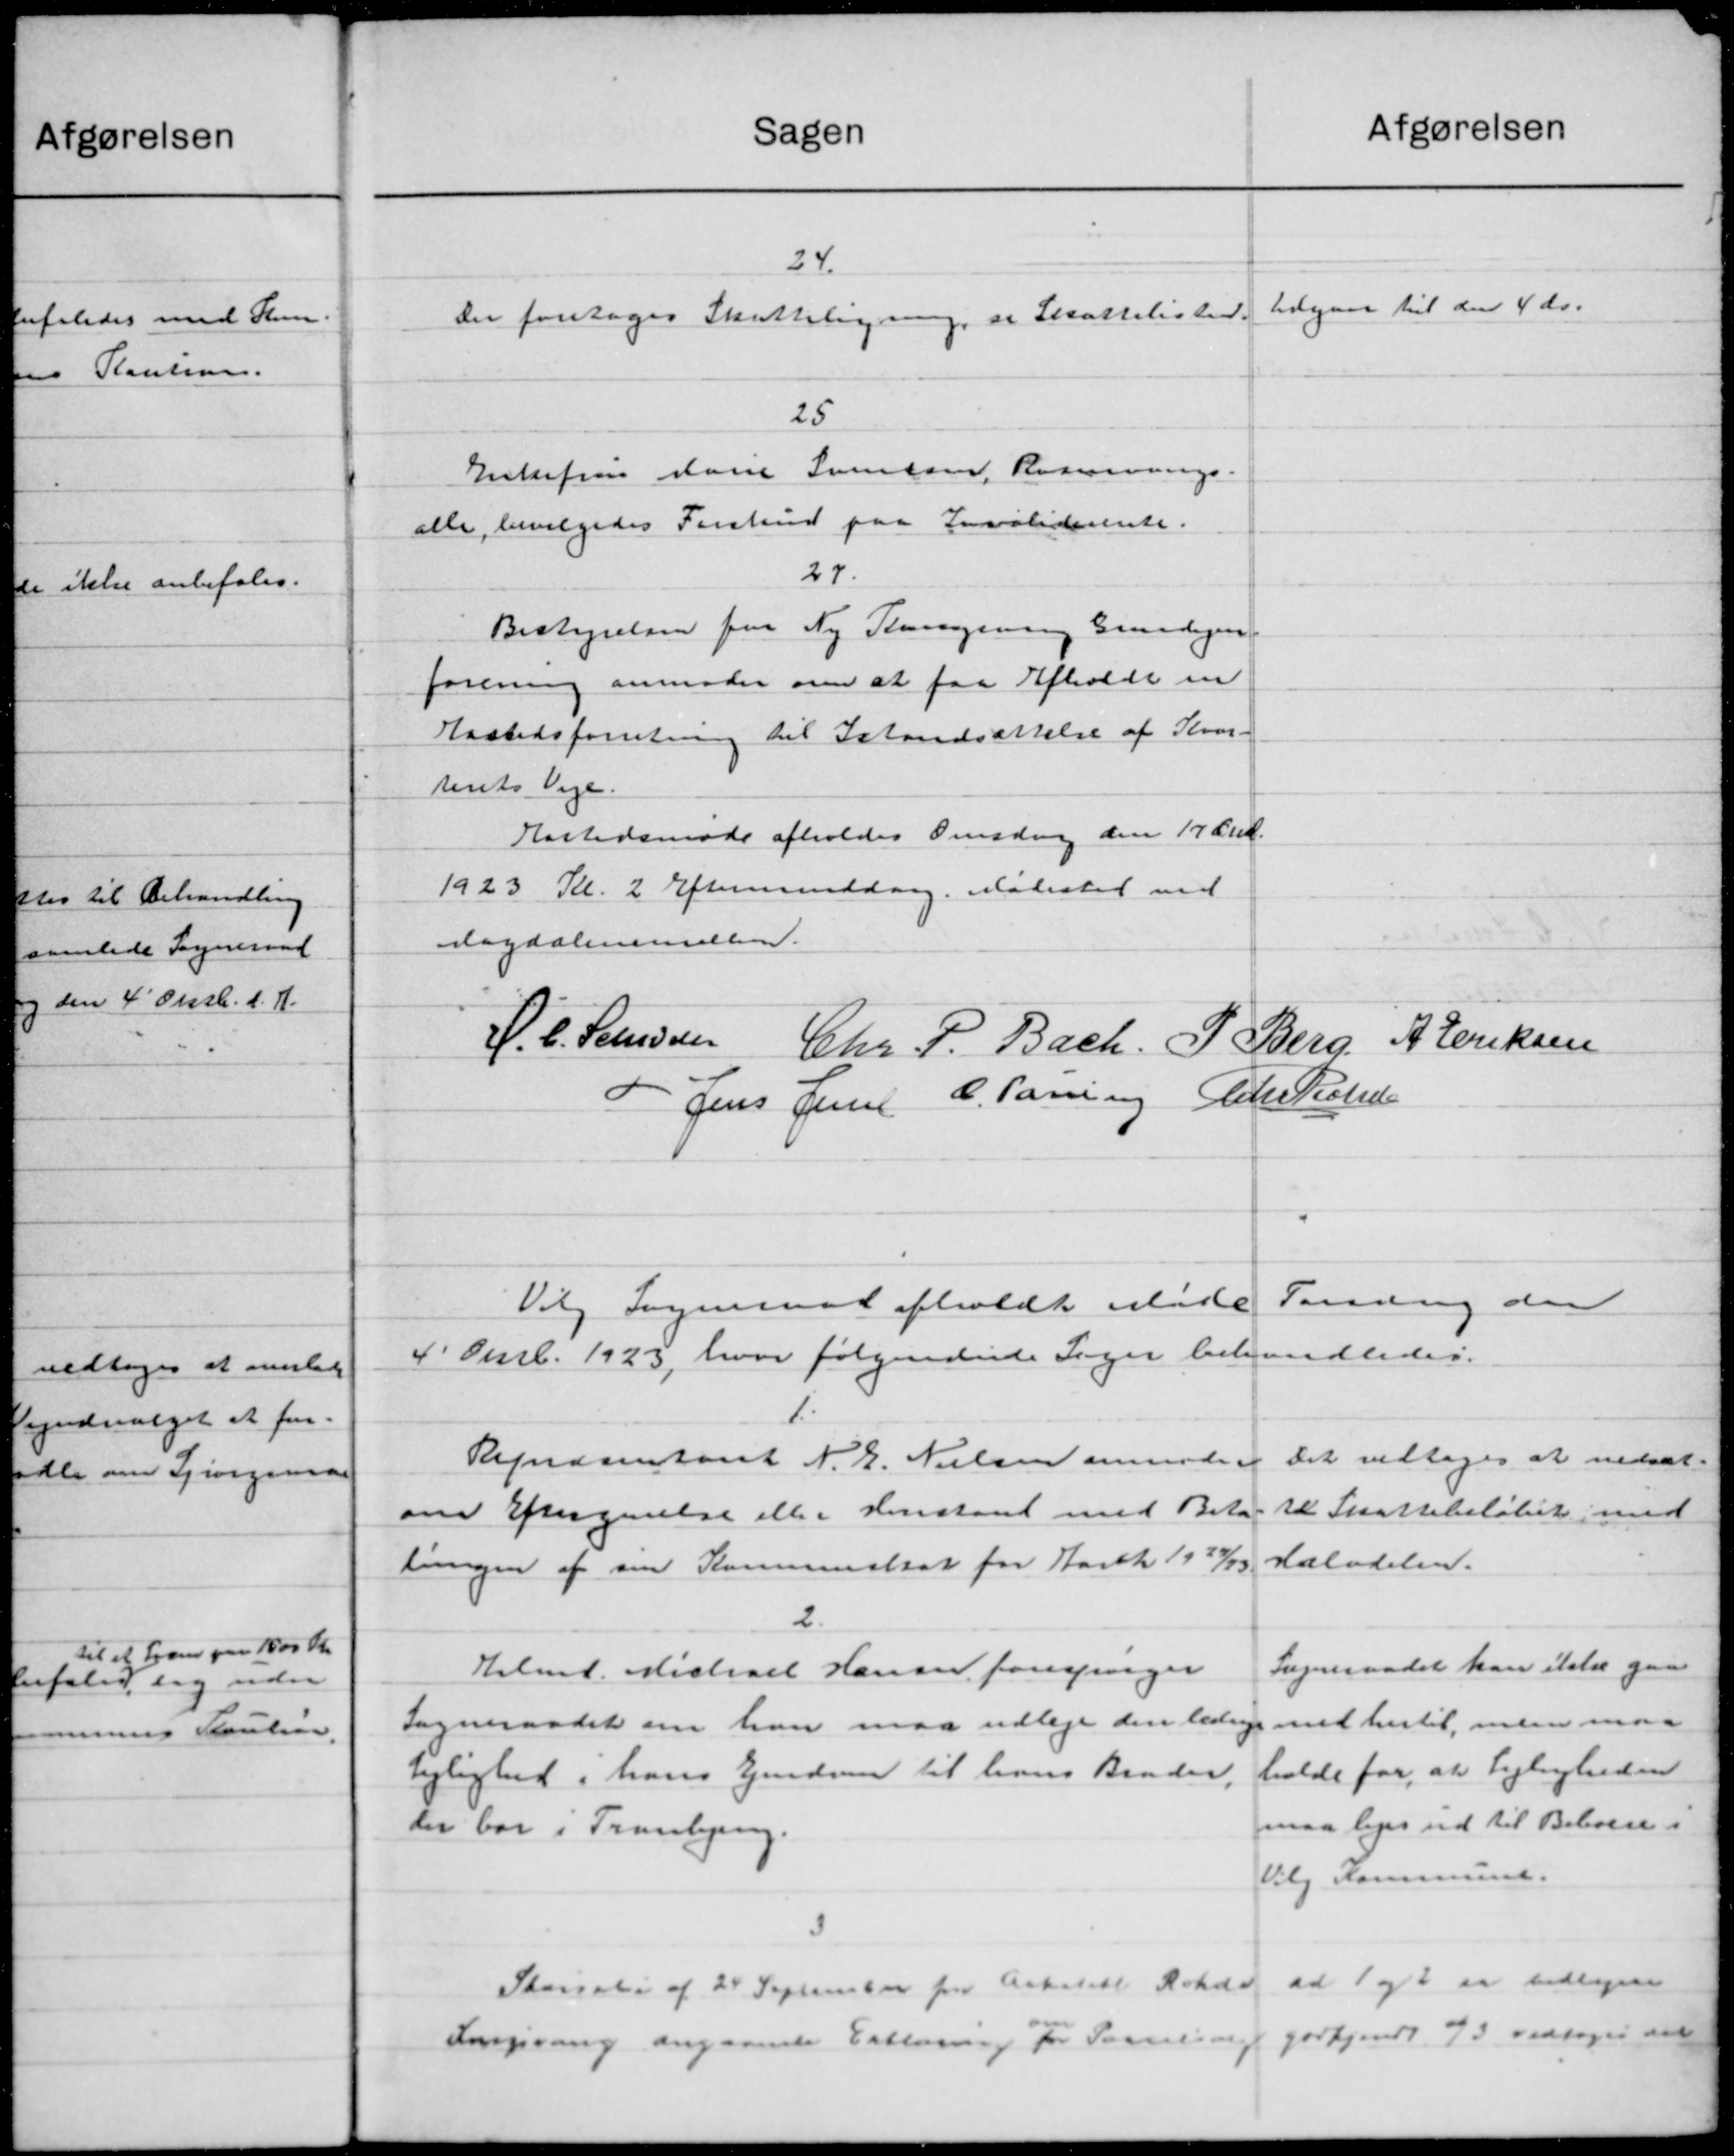
Transskription:
Afgørelsen
Sagen
24.
udegaar til den 4 ds.
Der foretoges Skatteligning er Skattelisten.
25
Enkefru Marie Svendsen, Rosennings-
alle, bevilgedes Forskud paa Invaliderente.
27.
Bestyrelsen fra Ny Slangening Grundejen
forening anmoder om at faa Afholdt en
Hastedsforretning til Istandsættelse af Kvar-
tents Veje.
Hastedsmøde afholdes Onsdag den 17 and.
1923 Kl. 2 Eftermiddag. Mødested ved
Magdalminillem
S. C. Seenssen Chr. P. Bach. P. Berg, A. Eriksen
-Jens Jensen C. Pasning Peter Peters
Fandag der
Vilg Sogneraad afholdt Møde
4' Oub. 1923, hvor følgendede Sager behandledes.
1.
Det vedtoges at nedsæt-
Repræsentant N. E. Nielsen anmoder
te Skattebeløbet med
om Eftergivelse eller Henstand med Beta
deladelse.
tingen af sin Kommuneskat for Aaret 1927/23
2.
Sogneraadet kan ikke gaa
Halmt. Michael Hansen forespørger
ned hertil, men maa
Sogneraadet om han maa udlage den lednige
holde for, at Lejligheden
Lejlighed i hans Ejendom til hans Brader,
maa liges ud til Beboere i
der bor i Tranbjerg.
Vilg Kommune.
Skørsele af 24 September fra Arkitekt Rohde, ad 1 og 2 er vedtagere
Ingvang angaaende Erklæring for Samling godkjendt 73 vedtoges det